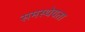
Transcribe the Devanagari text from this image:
समस्थेयता